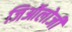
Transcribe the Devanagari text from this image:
जिऑलोजी